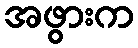
အဖွားက